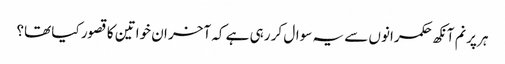
ہر پرنم آنکھ حکمرانوں سے یہ سوال کر رہی ہے کہ آخر ان خواتین کا قصور کیا تھا؟